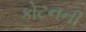
કોટનની